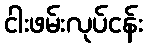
ငါးဖမ်းလုပ်ငန်း